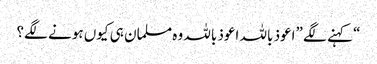
“ کہنے لگے ”اعوذ باللہ اعوذ باللہ وہ مسلمان ہی کیوں ہونے لگے؟